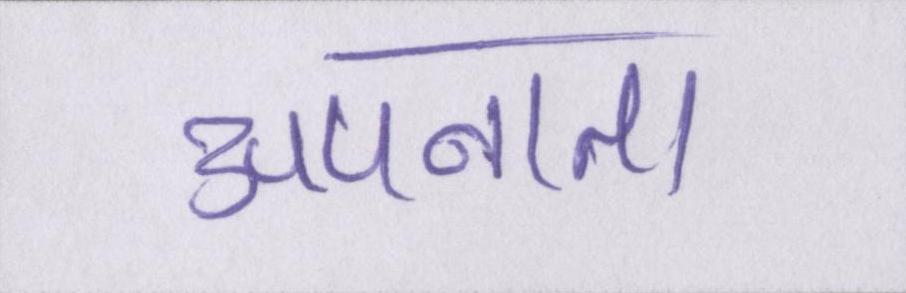
अपनाता